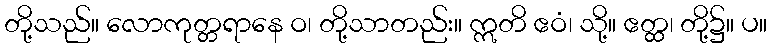
တို့သည်။ လောကုတ္တရာနေ ဝ၊ တို့သာတည်း။ ဣတိ ဧဝံ၊ သို့။ ဧတ္ထ၊ တို့၌။ ပ။